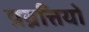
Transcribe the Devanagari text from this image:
प्रव्रत्तियों